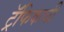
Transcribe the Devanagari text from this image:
ट्रॅफिकची